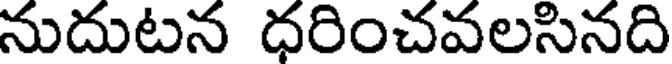
నుదుటన ధరించవలసినది